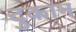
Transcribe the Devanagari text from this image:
दुकान